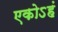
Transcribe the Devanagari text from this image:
एकोऽहं